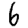
Digit: 6